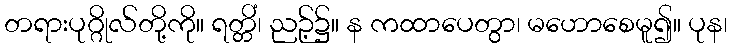
တရားပုဂ္ဂိုလ်တို့ကို။ ရတ္တိံ၊ ညဉ့်၌။ န ကထာပေတွာ၊ မဟောစေမူ၍။ ပုန၊